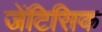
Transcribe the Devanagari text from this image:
जेंटिसिक